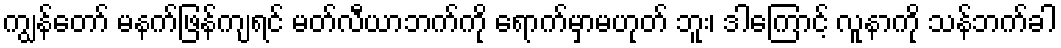
ကျွန်တော် မနက်ဖြန်ကျရင် မတ်လီယာဘက်ကို ရောက်မှာမဟုတ် ဘူး၊ ဒါကြောင့် လူနာကို သန်ဘက်ခါ